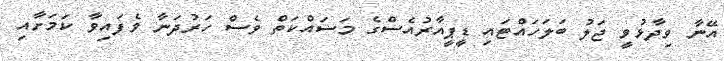
އޭނާ ވިދާޅުވީ ޖަލު ބަލަހައްޓައި ޑީޕީއާރުއެސްގެ މަސައްކަތް ވެސް ހަރުދަނާ ވެފައިވާ ކަމަށާއި